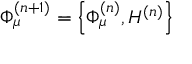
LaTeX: \Phi _ { \mu } ^ { ( n + 1 ) } = \left\{ \Phi _ { \mu } ^ { ( n ) } , H ^ { ( n ) } \right\}